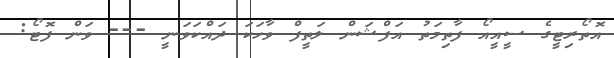
އޮތޯރިޓީގެ ސީއީއޯ ފާތިމަތު އަފްޝަން ލަތީފް ވާހަކަ ދައްކަވަނީ --- ވަން ފޮޓޯ: